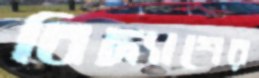
বিদ্যাশের